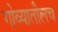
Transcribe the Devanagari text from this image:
गोव्यातीलच